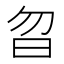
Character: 曶